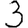
Digit: 3